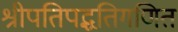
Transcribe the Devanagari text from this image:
श्रीपतिपद्धतिगणित